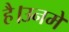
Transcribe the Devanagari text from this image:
है।उनमे